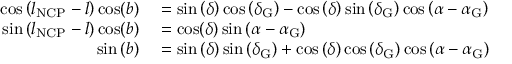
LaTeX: \begin{array} { r l } { \cos \left( l _ { \mathrm { N C P } } - l \right) \cos ( b ) } & { { } = \sin \left( \delta \right) \cos \left( \delta _ { \mathrm { G } } \right) - \cos \left( \delta \right) \sin \left( \delta _ { \mathrm { G } } \right) \cos \left( \alpha - \alpha _ { \mathrm { G } } \right) } \\ { \sin \left( l _ { \mathrm { N C P } } - l \right) \cos ( b ) } & { { } = \cos ( \delta ) \sin \left( \alpha - \alpha _ { \mathrm { G } } \right) } \\ { \sin \left( b \right) } & { { } = \sin \left( \delta \right) \sin \left( \delta _ { \mathrm { G } } \right) + \cos \left( \delta \right) \cos \left( \delta _ { \mathrm { G } } \right) \cos \left( \alpha - \alpha _ { \mathrm { G } } \right) } \end{array}